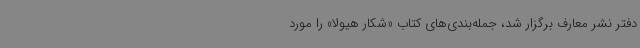
دفتر نشر معارف برگزار شد، جمله‌بندی‌های کتاب «شکار هیولا» را مورد